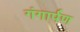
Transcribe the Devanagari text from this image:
गंगार्पण